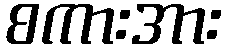
စကားအား